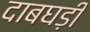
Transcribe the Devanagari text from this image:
दाबघड़ी